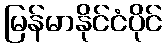
မြန်မာနိုင်ငံပိုင်